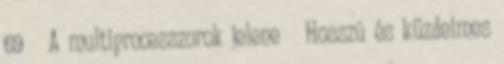
69 A multiprocesszorok jelene ● Hosszú és küzdelmes